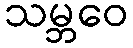
သမ္ဘဝေ